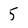
Character: 5